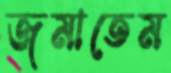
জমাতেম